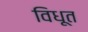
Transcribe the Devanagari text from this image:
विधूत